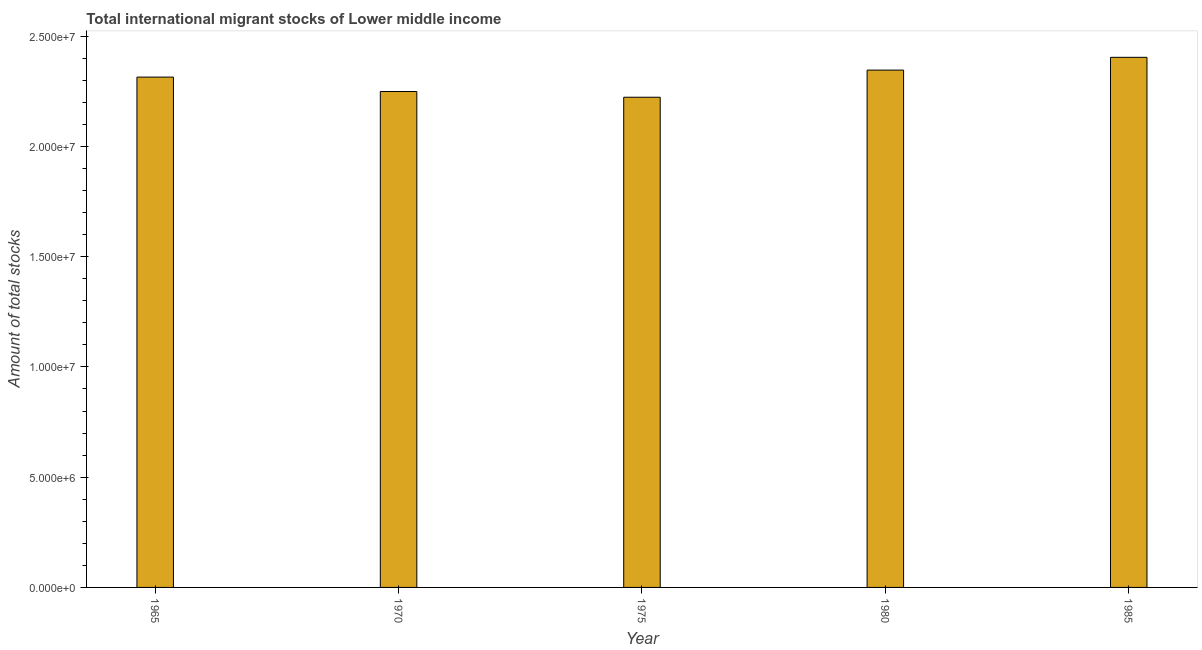
| Year | International migrant stock |
 | --- | --- |
 | 1965 | 2.31e+07 |
 | 1970 | 2.25e+07 |
 | 1975 | 2.22e+07 |
 | 1980 | 2.35e+07 |
 | 1985 | 2.4e+07 |